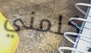
كلمني